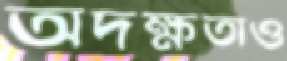
অদক্ষতাও